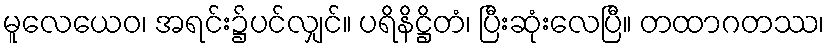
မူလေယေဝ၊ အရင်း၌ပင်လျှင်။ ပရိနိဋ္ဌိတံ၊ ပြီးဆုံးလေပြီ။ တထာဂတဿ၊